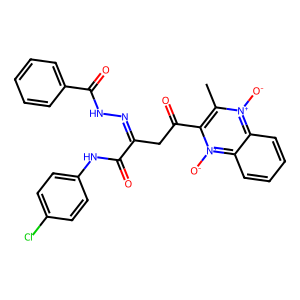
SMILES: Cc1c(C(=O)CC(=NNC(=O)c2ccccc2)C(=O)Nc2ccc(Cl)cc2)[n+]([O-])c2ccccc2[n+]1[O-]
Inhibits HIV replication: No